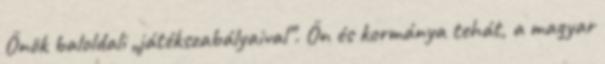
Önök baloldali „játékszabályaival”. Ön és kormánya tehát, a magyar